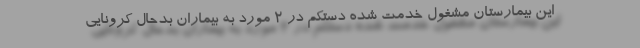
این بیمارستان مشغول خدمت شده دستکم در 2 مورد به بیماران بدحال کرونایی